Report on the working of the Ranchi Indian Mental Hospital, Kanke, in Bihar and Orissa - 1930-1940
Year: 1930
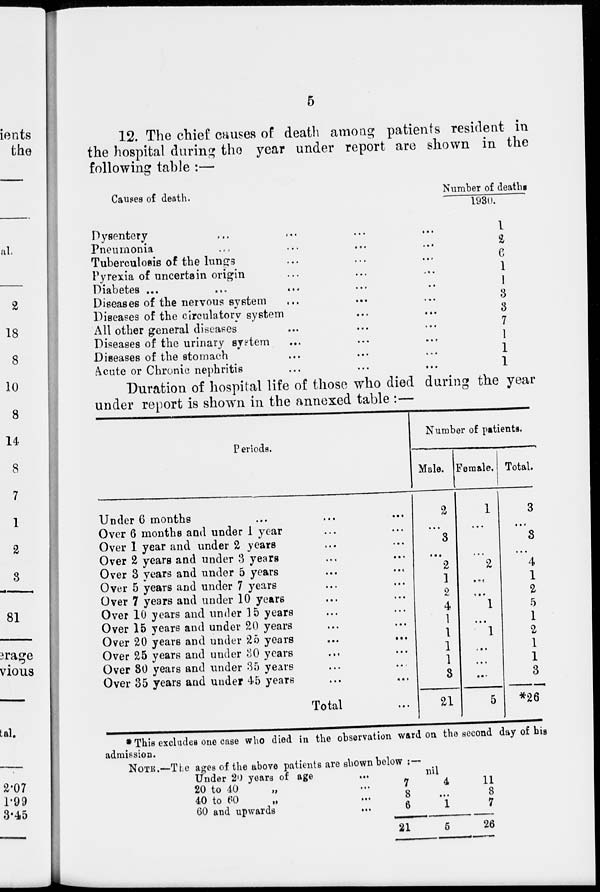
5
12. The chief causes of death among patients resident in
the hospital during the year under report are shown in the
following table :—
Causes of death.
Dysentery ... ... ... ...
Pneumonia ... ... ... ...
Tuberculosis of the lungs ... ... ...
Pyrexia of uncertain origin ... ... ...
Diabetes ... ... ... ... ...
Diseases of the nervous system ... ... ...
Diseases of the circulatory system ... ...
All other general diseases ... ... ...
Diseases of the urinary system ... ... ...
Diseases of the stomach ... ... ...
Acute or Chronic nephritis ... ... ...
Number of deaths/
1930.
1
2
6
1
1
3
8
7
1
1
1
Duration of hospital life of those who died during the year
under report is shown in the annexed table :—
Periods.
Under 6 months ... ... ...
Over 6 months and under 1 year ... ...
Over 1 year and under 2 years ... ...
Over 2 years and under 3 years ... ...
Over 3 years and under 5 years ... ...
Over 5 years and under 7 years ... ...
Over 7 years and under 10 years ... ...
Over 10 years and under 15 years ... ...
Over 15 years and under 20 years ... ...
Over 20 years and under 25 years ... ...
Over 25 years and under 30 years ... ...
Over 80 years and under 35 years ... ...
Over 35 years and under 45 years ... ...
Total ...
Number of patients.
Male.
2
...
3
...
2
1
2
4
1
1
1
1
3
21
Female.
1
...
...
...
2
...
...
1
...
1
...
...
...
5
Total.
3
...
3
...
4
1
2
5
1
2
1
1
3
*26
* This excludes one case who died in the observation ward on the second day of his
admission.
NOTE.—The ages of the above patients are shown below :—
Under 20 years of age
20 to 40
„ ...
40 to 60 „ ...
60 and upwards ...
nil
7
8
6
21
4
...
1
5
11
8
7
26